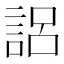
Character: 𰴰